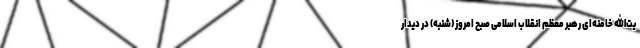
یت‌الله خامنه‌ای رهبر معظم انقلاب اسلامی صبح امروز (شنبه) در دیدار